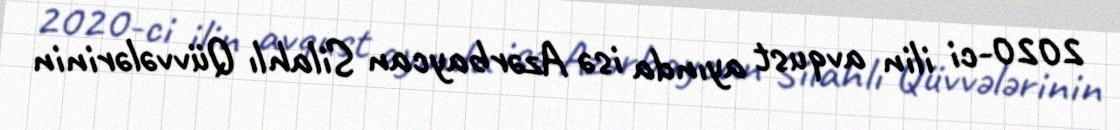
2020-ci ilin avqust ayında isə Azərbaycan Silahlı Qüvvələrinin